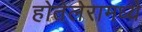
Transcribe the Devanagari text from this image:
होतेलेरामध्ये